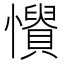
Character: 𢤳